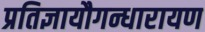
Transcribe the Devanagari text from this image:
प्रतिज्ञायौगन्धारायण